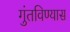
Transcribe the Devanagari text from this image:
गुंतविण्यास